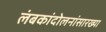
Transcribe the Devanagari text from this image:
लंबकांदोलनांसारख्या